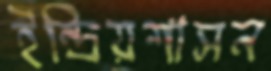
ইন্দ্রিয়শাসন